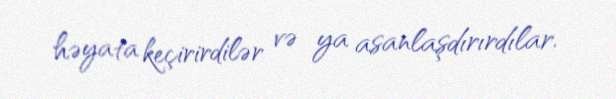
həyata keçirirdilər və ya asanlaşdırırdılar.